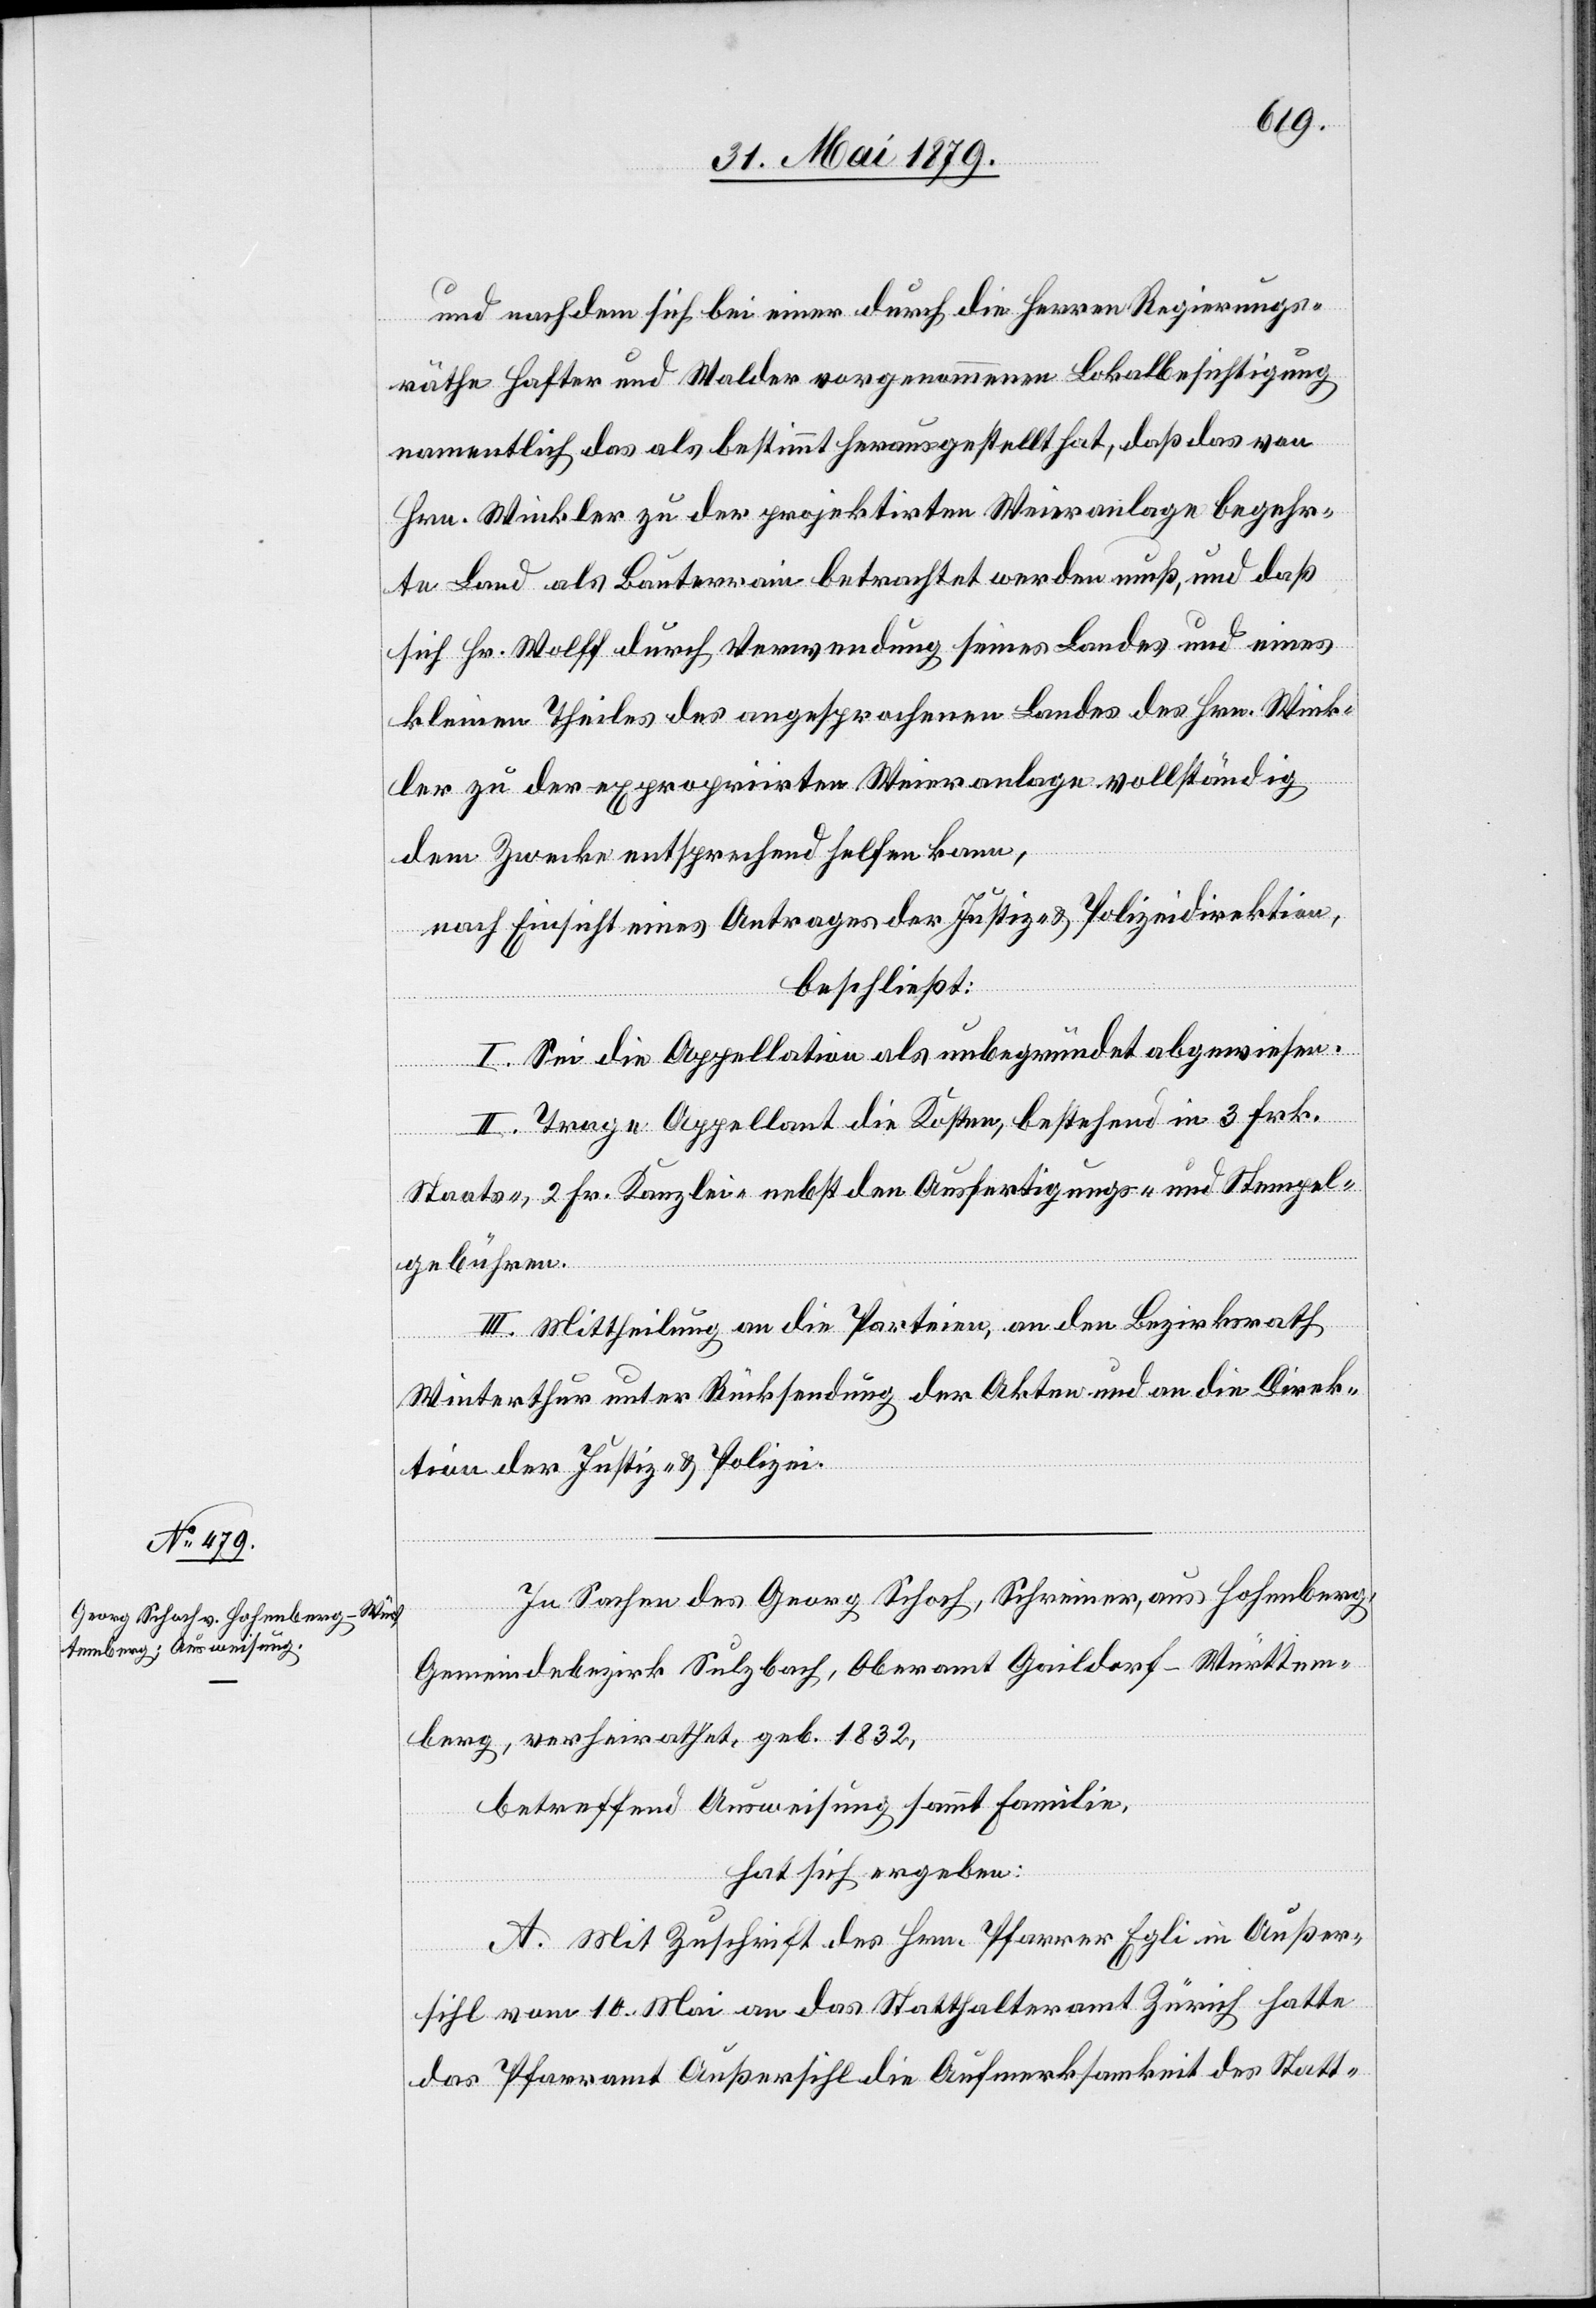
und nachdem sich bei einer durch die Herren Regierungs¬
räthe Hafter und Walder vorgenommenen Lokalbesichtigung
namentlich das als bestimmt herausgestellt hat, daß das von
Hrn. Winkler zu der projektirten Weieranlage begehr¬
te Land als Bauterrain betrachtet werden muß, und daß
sich Hr. Wolff durch Verwendung seines Landes und eines
kleinen Theiles des angesprochenen Landes des Hrn. Wink¬
ler zu der expropriirten Weieranlage vollständig
dem Zwecke entsprechend helfen kann,
nach Einsicht eines Antrages der Justiz- & Polizeidirektion,
beschließt:
I. Sei die Appellation als unbegründet abgewiesen.
II. Trage Appellant die Kosten, bestehend in 3 Frk.
Staats-, 2 Fr. Kanzlei- nebst den Ausfertigungs- und Stempel¬
gebühren.
III. Mittheilung an die Parteien, an den Bezirksrath
Winterthur unter Rücksendung der Akten und an die Direk¬
tion der Justiz & Polizei.
In Sachen des Georg Schoch, Schreiner, aus Hohenberg,
Gemeindebezirk Sulzbach, Oberamt Gaildorf - Württem¬
berg, verheirathet, geb. 1832,
betreffend Ausweisung sammt Familie,
hat sich ergeben:
A. Mit Zuschrift des Hrn. Pfarrer Egli in Außer¬
sihl vom 10. Mai an das Statthalteramt Zürich hatte
das Pfarramt Außersihl die Aufmerksamkeit des Statt-